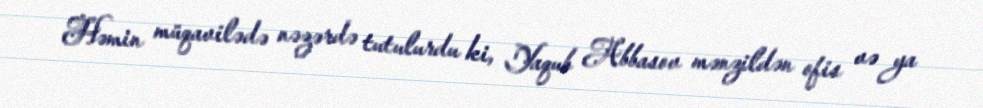
Həmin müqavilədə nəzərdə tutulurdu ki, Yaqub Abbasov mənzildən ofis və ya